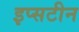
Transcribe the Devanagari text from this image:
इप्सटीन